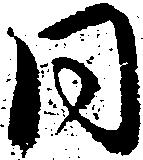
同